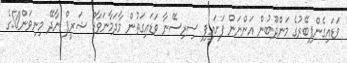
ވަޑައިގެންފިބޭރުގެ މަންދޫބުން އަންނަން ފަށައިފި ސިރިސޭނާ ވަޑައިގަތުން މާދަމާނަވާޒް ޝަރީފް ނާދޭ މިނިވަން50ގެ